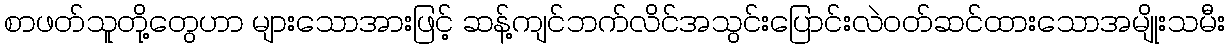
စာဖတ်သူတို့တွေဟာ များသောအားဖြင့် ဆန့်ကျင်ဘက်လိင်အသွင်းပြောင်းလဲဝတ်ဆင်ထားသောအမျိုးသမီး